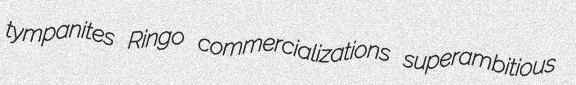
tympanites Ringo commercializations superambitious